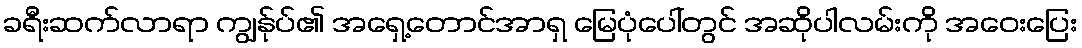
ခရီးဆက်လာရာ ကျွန်ုပ်၏ အရှေ့တောင်အာရှ မြေပုံပေါ်တွင် အဆိုပါလမ်းကို အဝေးပြေး